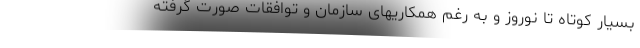
بسیار کوتاه تا نوروز و به رغم همکاریهای سازمان و توافقات صورت گرفته